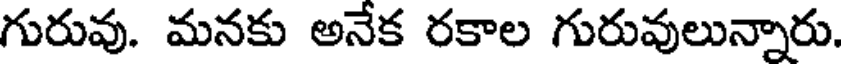
గురువు. మనకు అనేక రకాల గురువులున్నారు.